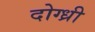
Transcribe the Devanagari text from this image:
दोग्ध्री